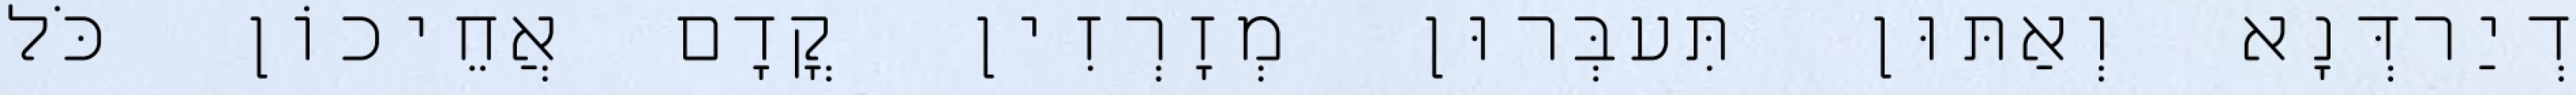
דְיַרדְּנָא וְאַתּוּן תִּעבְּרוּן מְזָרְזִין קֳדָם אֲחֵיכוֹן כֹּל